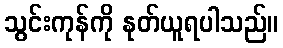
သွင်းကုန်ကို နုတ်ယူရပါသည်။